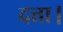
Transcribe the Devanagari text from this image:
दत्ता।